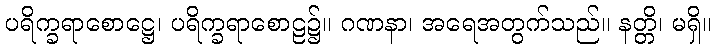
ပရိက္ခရာစောဋ္ဌေ၊ ပရိက္ခရာစောဠ၌။ ဂဏနာ၊ အရေအတွက်သည်။ နတ္တိ၊ မရှိ။